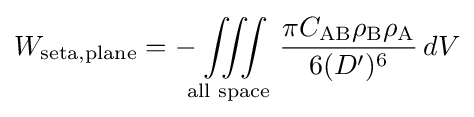
W_{\mathrm {seta,plane} }=-\iiint \limits _{\text{all space}}\,{\frac {\pi C_{\mathrm {AB} }\rho _{\mathrm {B} }\rho _{\mathrm {A} }}{6(D')^{6}}}\,dV